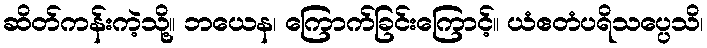
ဆိတ်ကန်းကဲ့သို့။ ဘယေန၊ ကြောက်ခြင်းကြောင့်။ ယံဧတံပရိသပ္ပေသိ၊